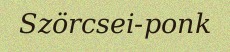
Szörcsei-ponk